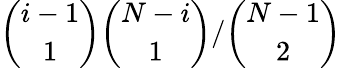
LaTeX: \binom{i-1}{1}\binom{N-i}{1}/\binom{N-1}{2}